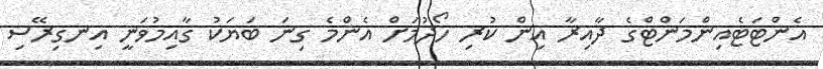
އެންޓަޓެއިންމަންޓްގެ ދާއިރާ އިން ކުރި ހޯދުމަށް އެންމެ ގިނަ ބަޔަކު ގާއިމުވަނީ އިނގިރޭސި